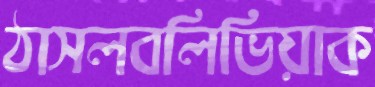
ঠাসলবলিভিয়াক